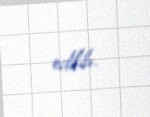
edilib.